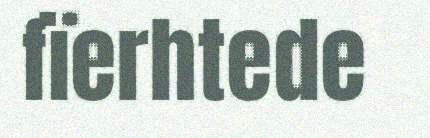
fïerhtede